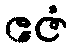
ဧဇံ